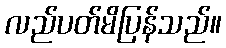
လည်ပတ်မိပြန်သည်။